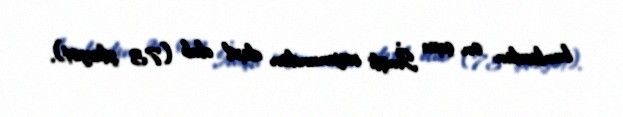
bunlardan ən çoxu İmişli rayonundan daxil olub (73 şikayət).